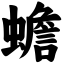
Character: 蟾